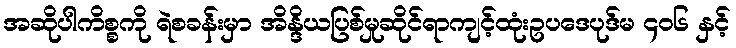
အဆိုပါကိစ္စကို ရဲစခန်းမှာ အိန္ဒိယပြစ်မှုဆိုင်ရာကျင့်ထုံးဥပဒေပုဒ်မ ၄၀၆ နှင့်